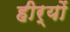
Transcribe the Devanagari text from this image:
हीर्यों